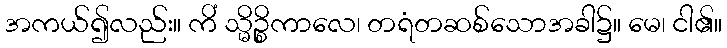
အကယ်၍လည်း။ ကိံ သ္မိဉ္စိကာလေ၊ တရံတဆစ်သောအခါ၌။ မေ၊ ငါ၏။